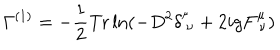
\Gamma ^ { ( 1 ) } = - \frac { 1 } { 2 } \mathrm { T r } \ln ( - D ^ { 2 } \delta _ { ~ \nu } ^ { ^ \mu } + 2 i g F _ { ~ \nu } ^ { \mu } )